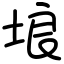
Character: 埌